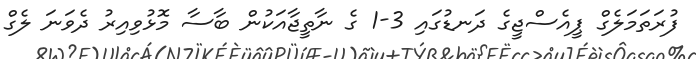
ފުރަތަމަލެގް ޕީއެސްޖީގެ ދަނޑުގައި 3-1 ގެ ނާތީޖާއަކުން ބާސާ މޮޅުވިއިރު ދެވަނަ ލެގް